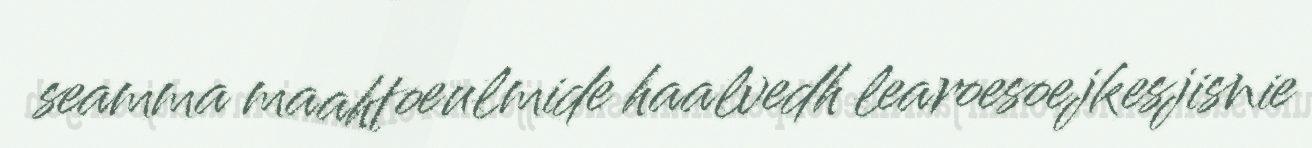
seamma maahtoeulmide haalvedh learoesoejkesjisnie